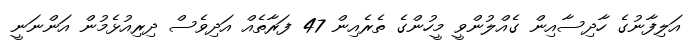
އަލިފާނުގެ ހާދިސާއިން ގެއްލުންވީ މީހުންގެ ތެރެއިން 47 ފަރާތެއް އަދިވެސް ދިރިއުޅެމުން އަންނަނީ